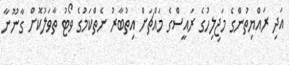
އަދި ރައްޔިތުންގެ މަޖިލިހުގެ ރައީސްގެ މައްޗަށް އިތުބާރު ނެތްކަމުގެ ވޯޓު ތާވަލުކޮށް ގާނޫނާ